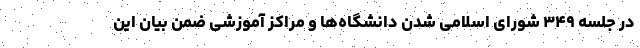
در جلسه ۳۴۹ شورای اسلامی شدن دانشگاه‌ها و مراکز آموزشی ضمن بیان این